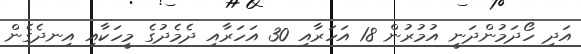
އަދި ހޯދަމުންދަނީ އުމުރުން 18 އަހަރާއި 30 އަހަރާއި ދެމެދުގެ މީހަކާއި އިނދެގެން